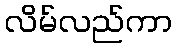
လိမ်လည်ကာ